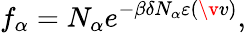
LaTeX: f_{\alpha}=N_{\alpha}e^{-\beta\delta N_{\alpha}\varepsilon(\v{v})},